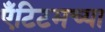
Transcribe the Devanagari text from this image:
ऍंटिटमच्या